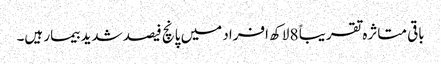
باقی متاثرہ تقریباً 8 لاکھ افراد میں پانچ فیصد شدید بیمار ہیں۔